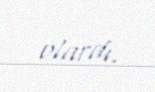
olardı.